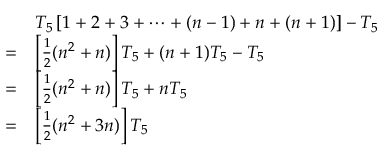
{ \begin{array} { r l } & { T _ { 5 } \left[ 1 + 2 + 3 + \cdots + ( n - 1 ) + n + ( n + 1 ) \right] - T _ { 5 } } \\ { = } & { \left[ { \frac { 1 } { 2 } } ( n ^ { 2 } + n ) \right] T _ { 5 } + ( n + 1 ) T _ { 5 } - T _ { 5 } } \\ { = } & { \left[ { \frac { 1 } { 2 } } ( n ^ { 2 } + n ) \right] T _ { 5 } + n T _ { 5 } } \\ { = } & { \left[ { \frac { 1 } { 2 } } ( n ^ { 2 } + 3 n ) \right] T _ { 5 } } \end{array} }